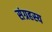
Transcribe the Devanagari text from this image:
संग्रहस्य